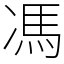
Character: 馮